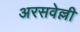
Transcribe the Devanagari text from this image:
अरसवेल्ली